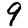
Digit: 9